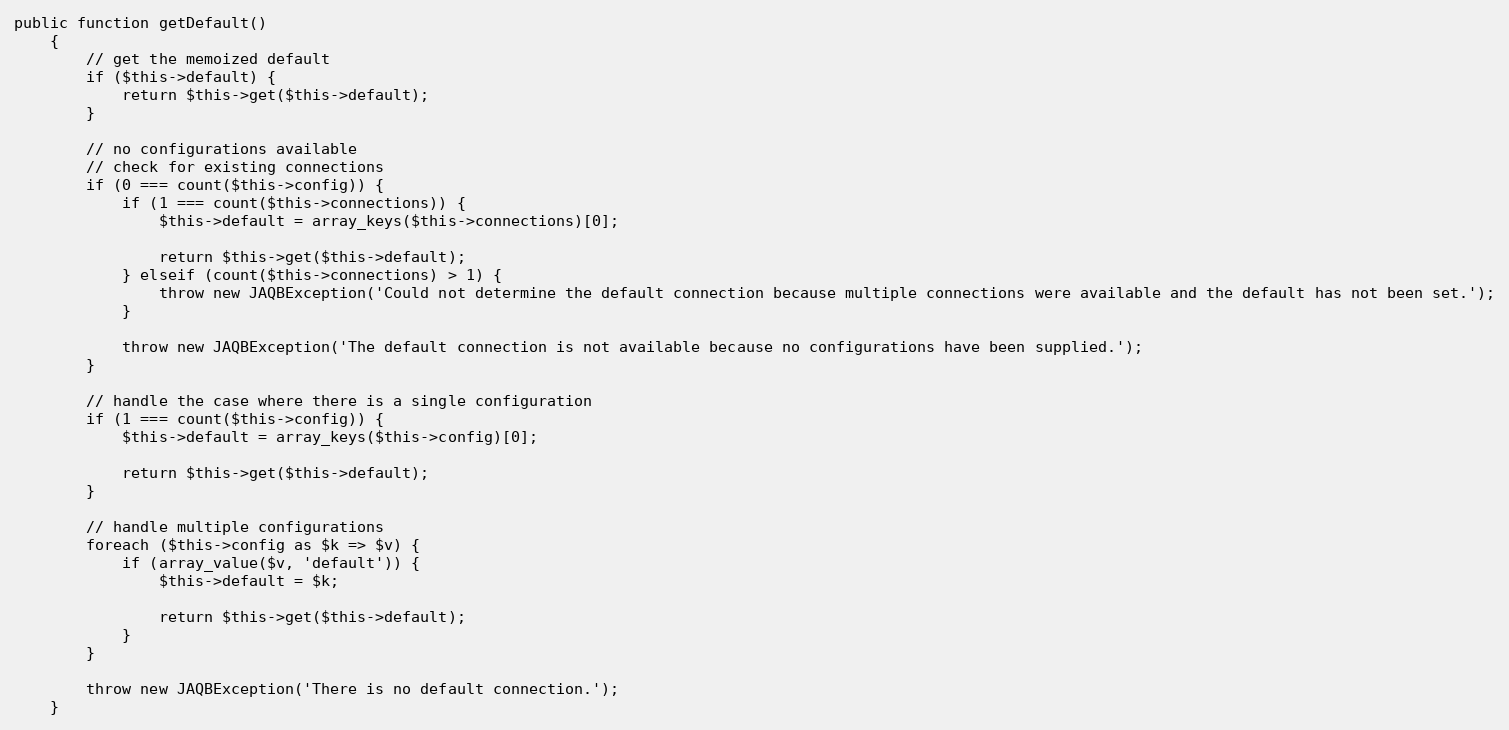
Language: PHP
public function getDefault()
    {
        // get the memoized default
        if ($this->default) {
            return $this->get($this->default);
        }

        // no configurations available
        // check for existing connections
        if (0 === count($this->config)) {
            if (1 === count($this->connections)) {
                $this->default = array_keys($this->connections)[0];

                return $this->get($this->default);
            } elseif (count($this->connections) > 1) {
                throw new JAQBException('Could not determine the default connection because multiple connections were available and the default has not been set.');
            }

            throw new JAQBException('The default connection is not available because no configurations have been supplied.');
        }

        // handle the case where there is a single configuration
        if (1 === count($this->config)) {
            $this->default = array_keys($this->config)[0];

            return $this->get($this->default);
        }

        // handle multiple configurations
        foreach ($this->config as $k => $v) {
            if (array_value($v, 'default')) {
                $this->default = $k;

                return $this->get($this->default);
            }
        }

        throw new JAQBException('There is no default connection.');
    }